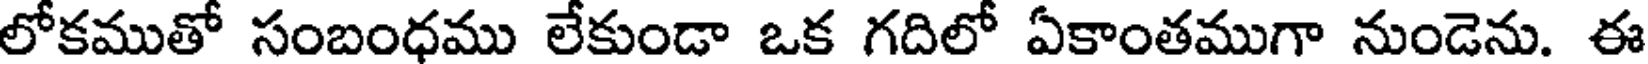
లోకముతో సంబంధము లేకుండా ఒక గదిలో ఏకాంతముగా నుండెను. ఈ